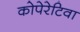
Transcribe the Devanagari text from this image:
कोपेरेटिवा